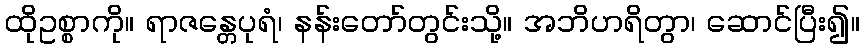
ထိုဥစ္စာကို။ ရာဇန္တေပုရံ၊ နန်းတော်တွင်းသို့။ အဘိဟရိတွာ၊ ဆောင်ပြီး၍။